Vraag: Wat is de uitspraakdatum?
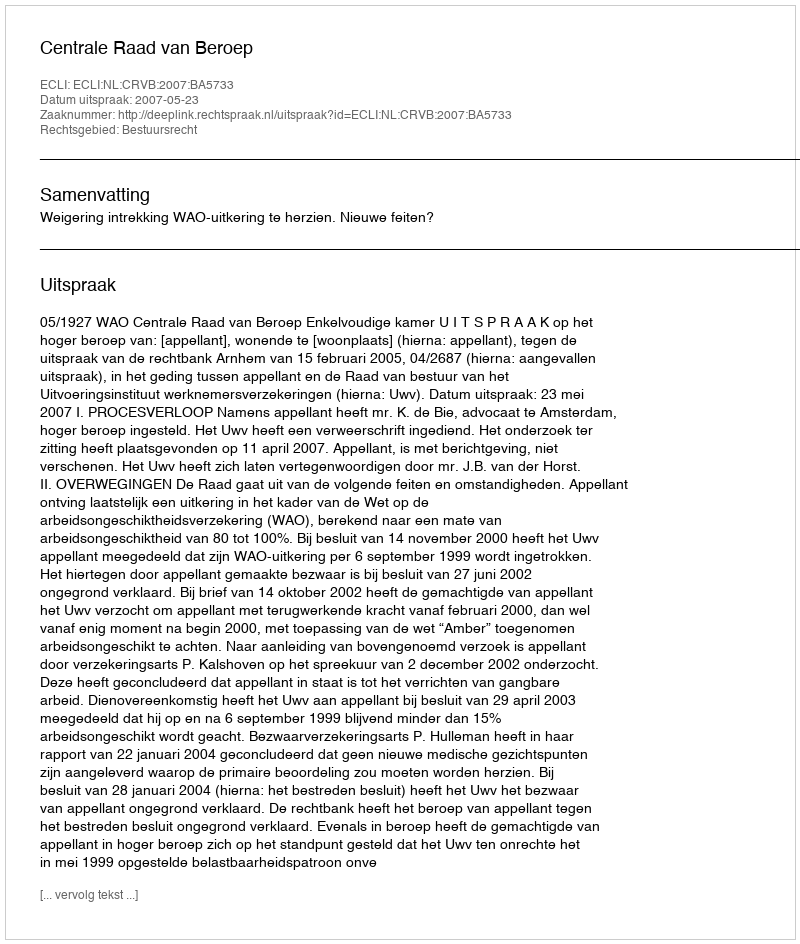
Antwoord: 2007-05-23